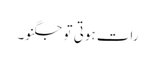
رات ہوتی تو جگنو۔